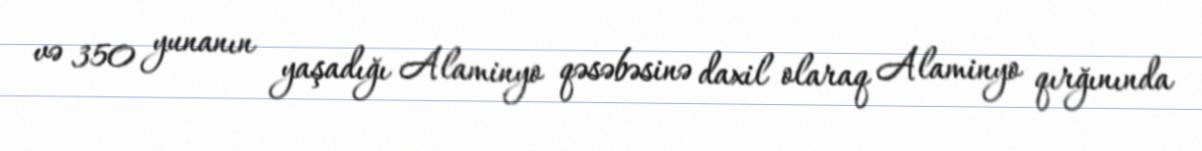
və 350 yunanın yaşadığı Alaminyo qəsəbəsinə daxil olaraq Alaminyo qırğınında